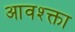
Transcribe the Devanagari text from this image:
आवश्क्ता